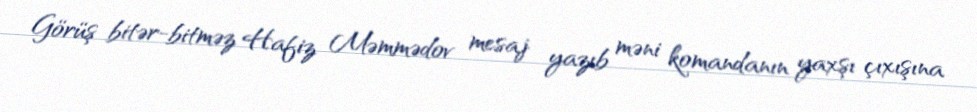
Görüş bitər-bitməz Hafiz Məmmədov mesaj yazıb məni komandanın yaxşı çıxışına